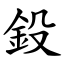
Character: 鈠